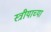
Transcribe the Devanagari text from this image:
स्त्रीयाच्या